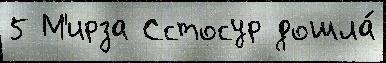
5 М'ирза Сстосур дошла́